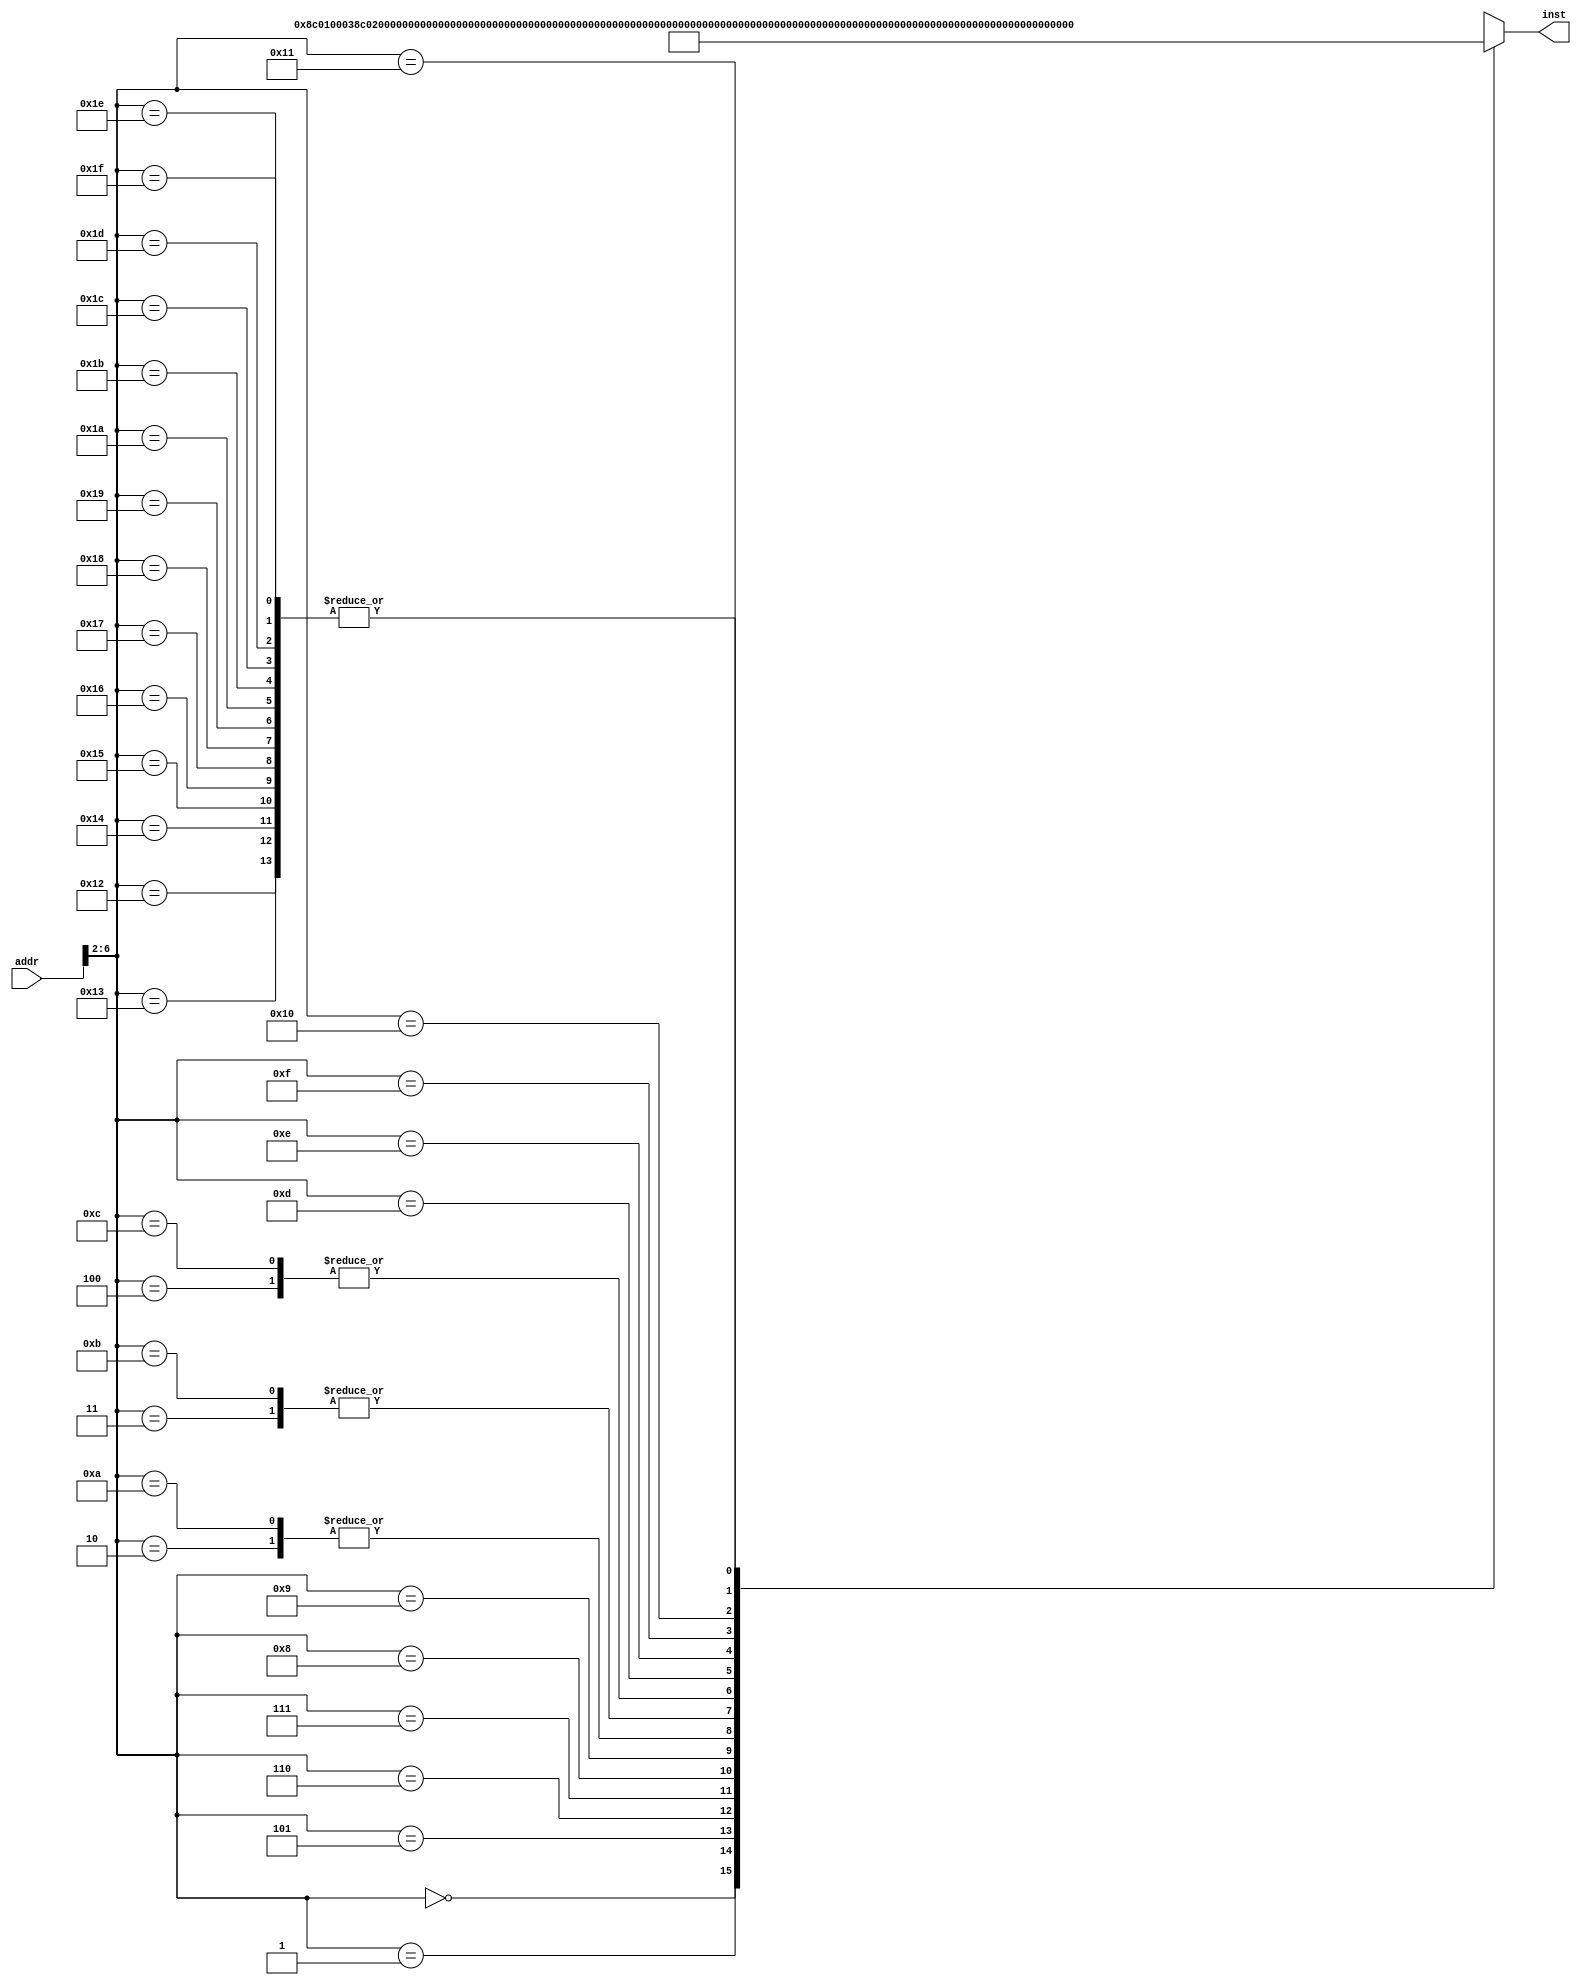
`timescale 1ns / 1ps

module INST_MEM( addr , inst);
    input  [31:0] addr ;
    output [31:0] inst ;

    wire [31:0] rom [0:31];

    assign rom[5'h00] = 32'b100011_00000_00001_0000000000000011; //lw R1 ,  R0 , 3H
    assign rom[5'h01] = 32'b100011_00000_00010_0000000000000100; //lw R2 ,   R0 , 4H
    assign rom[5'h02] = 32'b000000_00001_00000_00011_00000_100000;  //add R3 , R1 , R0
    assign rom[5'h03] = 32'b000000_00010_00000_00100_00000_100000;  //add R4 , R2 , R0
    
    assign rom[5'h04] = 32'b000000_00010_00001_00100_00000_100000;  //add R3 , R2 , R1
    assign rom[5'h05] = 32'b000000_00101_00110_00111_00000_100000;  //add R7 , R5 , R6
    
    assign rom[5'h06] = 32'b101011_00000_01000_0000_0000_0000_0001; //sw R8 , R0 , 1H
    assign rom[5'h07] = 32'b101011_00000_01001_0000_0000_0000_0010; //sw R9 , R0 , 2H
    assign rom[5'h08] = 32'b100011_00000_00001_0000000000000001; //lw R1 ,  R0 , 1H
    assign rom[5'h09] = 32'b100011_00000_00010_0000000000000010; //lw R2 ,   R0 , 2H
    assign rom[5'h0A] = 32'b000000_00001_00000_00011_00000_100000;  //add R3 , R1 , R0
    assign rom[5'h0B] = 32'b000000_00010_00000_00100_00000_100000;  //add R4 , R2 , R0
    
    assign rom[5'h0C] = 32'b000000_00010_00001_00100_00000_100000;  //add R3 , R2 , R1
    
    assign rom[5'h0D] = 32'b101011_00000_00100_0000_0000_0000_0100; //sw R4 , R0 , 4H
    assign rom[5'h0E] = 32'b100011_00000_01001_0000000000000100; //lw R9 ,   R0 , 4H
    assign rom[5'h0F] = 32'b000000_00001_01001_10010_00000_100000; //add R10 , R1 , R9
    assign rom[5'h10] = 32'b000100_00001_00010_0001_0010_0011_0100; //beq R1 , R2 , 1234H
    assign rom[5'h11] = 32'b000100_00001_00001_1111_1111_1110_1110; //beq R1 , R1 , FFEEH
    assign rom[5'h12] = 32'h0 ; // Not use
    assign rom[5'h13] = 32'h0 ; // Not use
    assign rom[5'h14] = 32'h0 ; // Not use
    assign rom[5'h15] = 32'h0 ; // Not use
    assign rom[5'h16] = 32'h0 ; // Not use
    assign rom[5'h17] = 32'h0 ; // Not use
    assign rom[5'h18] = 32'h0 ; // Not use
    assign rom[5'h19] = 32'h0 ; // Not use
    assign rom[5'h1A] = 32'h0 ; // Not use
    assign rom[5'h1B] = 32'h0 ; // Not use
    assign rom[5'h1C] = 32'h0 ; // Not use
    assign rom[5'h1D] = 32'h0 ; // Not use
    assign rom[5'h1E] = 32'h0 ; // Not use
    assign rom[5'h1F] = 32'h0 ; // Not use

    assign inst = rom[addr[6:2]];
endmodule